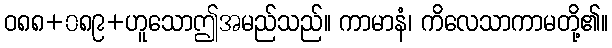
ဝ၈၈+၀၈၉+ဟူသောဤအမည်သည်။ ကာမာနံ၊ ကိလေသာကာမတို့၏။